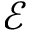
\mathcal { E }